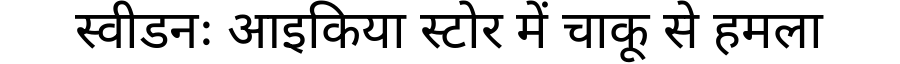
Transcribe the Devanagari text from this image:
स्वीडनः आइकिया स्टोर में चाकू से हमला